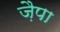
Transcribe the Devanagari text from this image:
ज़ैपा